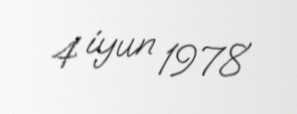
4 iyun 1978